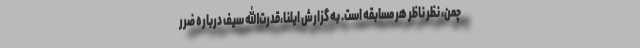
چمن، نظر ناظر هر مسابقه است. به گزارش ایلنا،قدرت‌الله سیف درباره ضرر